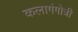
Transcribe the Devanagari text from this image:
कलागंगोत्री